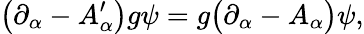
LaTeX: \bigl(\partial_{\alpha}-A_{\alpha}^{\prime}\bigr)g\psi=g\bigl(\partial_{\alpha}-A_{\alpha}\bigr)\psi,